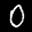
Label: 0